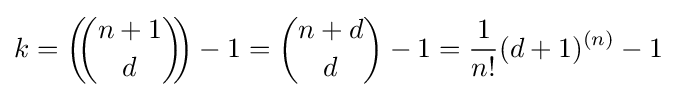
k=\left(\!\!{n+1 \choose d}\!\!\right)-1={n+d \choose d}-1={\frac {1}{n!}}(d+1)^{(n)}-1